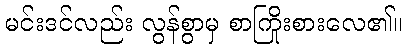
မင်းဒင်လည်း လွန်စွာမှ စာကြိုးစားလေ၏။